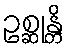
ဥစ္ဆုန္တိ